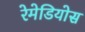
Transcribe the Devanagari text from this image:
रेमेडियोस